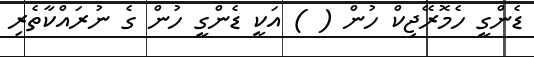
ޑެންގީ ހެމޮރޭޖިކް ހުން ( ) އަކީ ޑެންގީ ހުން ގެ ނުރައްކާތެރި